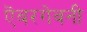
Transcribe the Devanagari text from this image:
ऎबरगेवनी